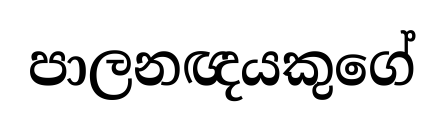
පාලනඥයකුගේ